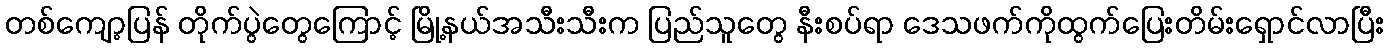
တစ်ကျော့ပြန် တိုက်ပွဲတွေကြောင့် မြို့နယ်အသီးသီးက ပြည်သူတွေ နီးစပ်ရာ ဒေသဖက်ကိုထွက်ပြေးတိမ်းရှောင်လာပြီး